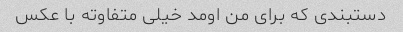
دستبندی که برای من اومد خیلی متفاوته با عکس